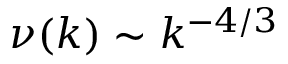
\nu ( k ) \sim k ^ { - 4 / 3 }